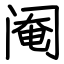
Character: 阉